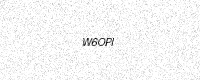
Text: W6OPI